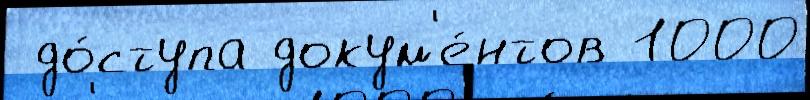
 до́ступа докум'е́нтов 1000